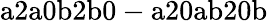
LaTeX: \mathrm{a2a0b2b0-a20ab20b}